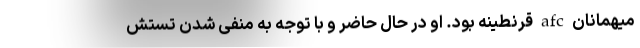
میهمانان afc قرنطینه بود. او در حال حاضر و با توجه به منفی شدن تستش